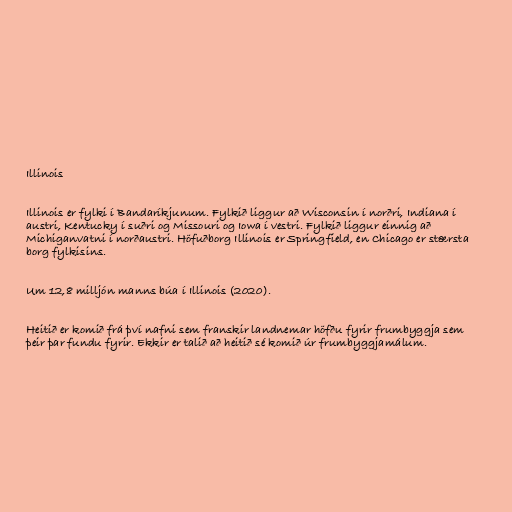
Illinois

Illinois er fylki í Bandaríkjunum. Fylkið liggur að Wisconsin í norðri, Indiana í
austri, Kentucky í suðri og Missouri og Iowa í vestri. Fylkið liggur einnig að
Michiganvatni í norðaustri. Höfuðborg Illinois er Springfield, en Chicago er stærsta
borg fylkisins.

Um 12,8 milljón manns búa í Illinois (2020).

Heitið er komið frá því nafni sem franskir landnemar höfðu fyrir frumbyggja sem
þeir þar fundu fyrir. Ekkir er talið að heitið sé komið úr frumbyggjamálum.